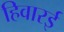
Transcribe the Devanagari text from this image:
हिवारई